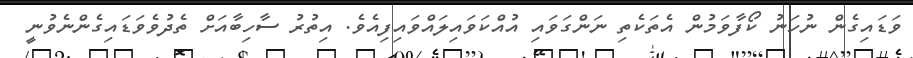
ވަޑައިގެން ނުހަނު ކޯފާވަމުން އެތަކެތި ނަންގަވައި އުއްކަވައިލައްވައިފިއެވެ. އިތުރު ސާހިބާއަށް ތެދުވެވަޑައިގެންނެވުނީ